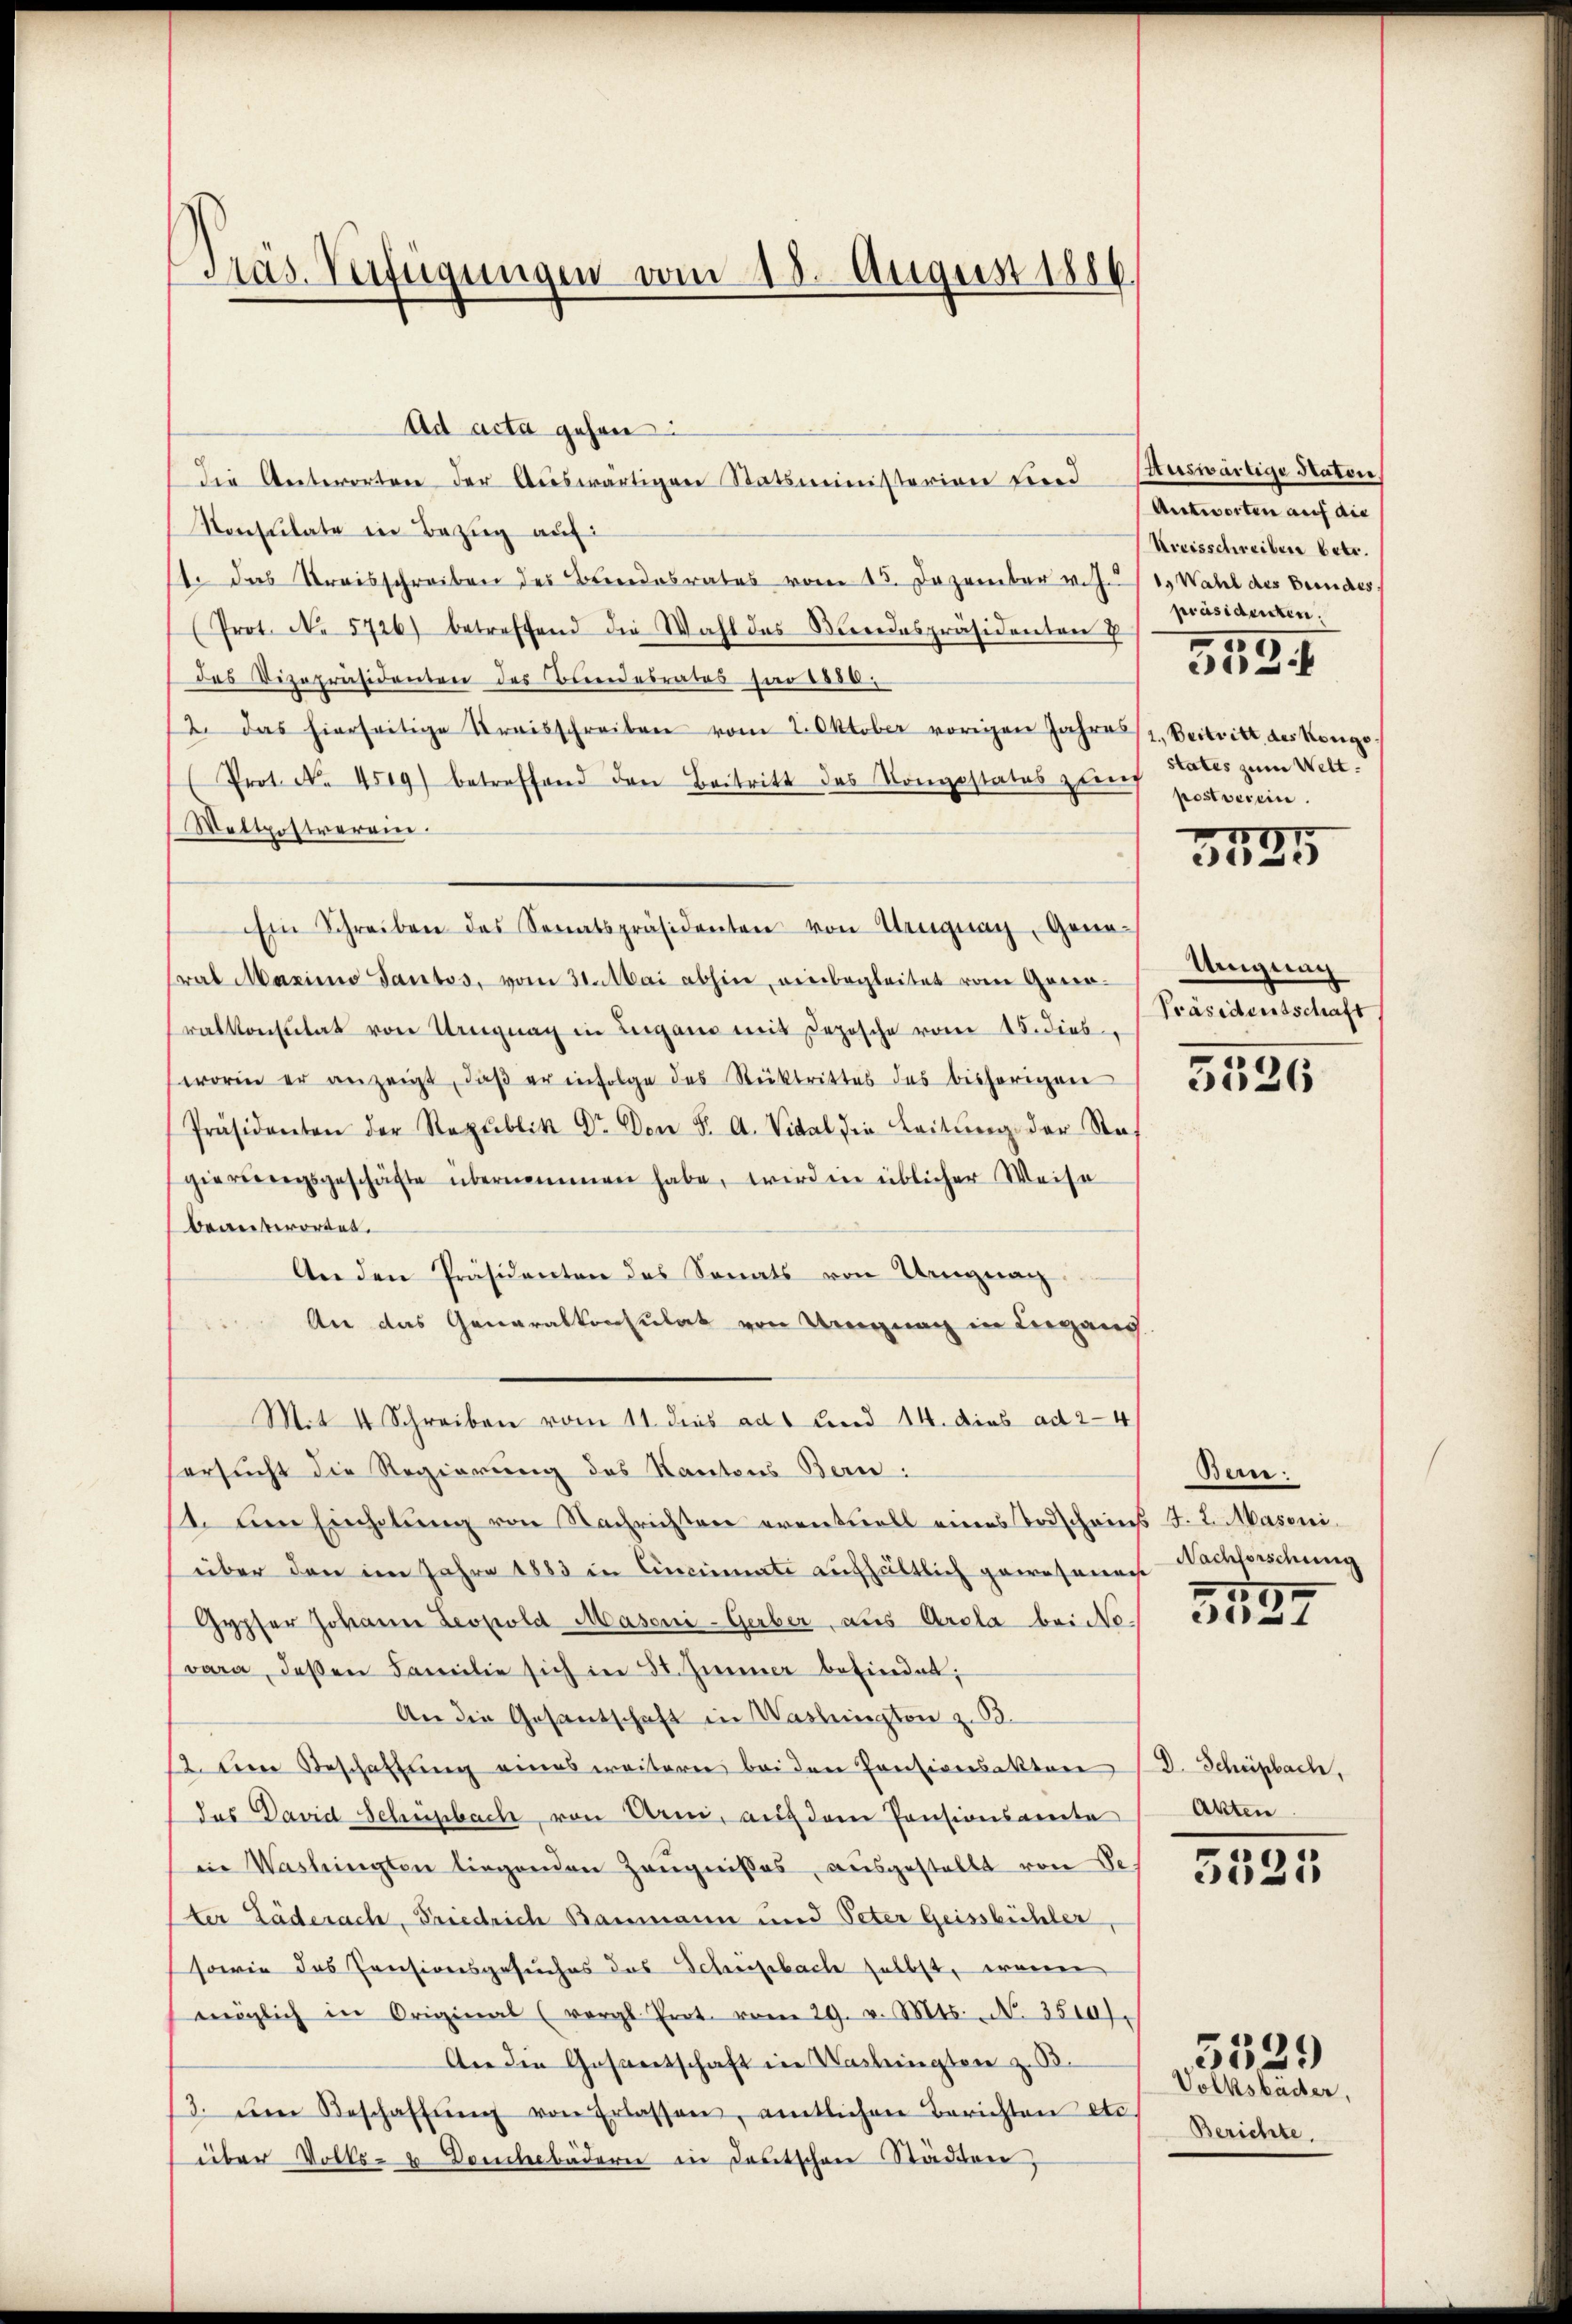
Präs. Verfügungen vom 18. August 1886.

Ad acta gehen:
die Antworten der Aŭswärtigen Statsministerien sind Auswärtige Staten,
Konsulate ein Bezug auf:
t. das Kreisschreiben des Brendesrates vom 15. Dezember v. Zu
(Prot. No 5726) betreffend die Wahl das Bundespräsidenten V
das Vizepräsidenten des Bundesrates far 1850.
12. das hierseitige Kraisschreiben vom 2. Oktober vorigen Jahre (1. Beitritt des Kongo
Prot. No. 4519) betreffend den Beitritt des Kongestatus zu postverein.
Wettpostrerein.
Ein Schreiben des Senatspräsidenten von Uruguay, General Marina Sautos, vom 31. Mai abhin, einbegleitet vom Generralkonstitat von Ungnag in Lugano mit Deposche vom 15. dies
worin er anzeigt, daβ er infolge des Rücktrittes des bisherigen
Präsidenten der Republik Dr. Don F. A. Vital die Leitŭng der Sta
gierungsgeschäfte übernommen habe, wird ein üblicher Weise
beantwortet.
An den Präsidenten des Sonats von Ungeac
An das Generalkonsulat von Ungnach in Lugang
Mit 4 Schreiben vom 11. dies ad 1 und 14. dies ad 24
ersucht die Regierung des Kantons Bern:
14. Den Einholŭng von Nachrichten eventuell eines Todscheins F. L. Masoni
über den im Jahre 1883 in Cincinate aufhältlich gewesenach Nachforschung
Gypfer Johann Leopold Masoni-Gerber, aus Arola bei Novara, deßen Familie sich in St. Gener befindet;
An die Gesantschaft in Washington z. B.
12. Dem Geschaffŭng eines weitere bei den Consiversakten (d. Schüepbach,
das David Schupbach, von Arn, auf dem Pensionsamta
in Washingten liegenden Zeŭgnisses, aŭsgestellt von Se.
ter Läderach, Friedrich Baumann und Peter Geissbüchler,
sowie das Consionsgesuches das Schreisbach selbst, wenn
möglich in Original (vergl. Prot. vom 29. v. Mts. N. 3510).
An die Gesantschaft in Verbringten z. B.
/3. am Beschaffŭng von Erlassen, amtlichen Berichten etc.
über Volks- & Domhebädern in Deutschen Städten,

Antworten auf die
Kreisschreiben betr.
1. Wahl des Bundes.
präsidenten.
1
502
states zum Welt.
1
I

)

Unigung
Präsidentschaft
e

5526

Bare:
1

e

Akten

u
3025

Volksbäder,
Berichte.

e
3024)